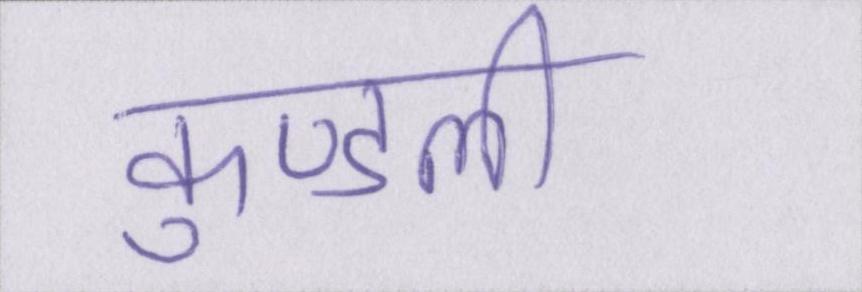
कुण्डली